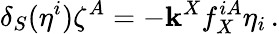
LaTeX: \delta_{S}(\eta^{i})\zeta^{A}=-\mathbf{k}^{X}f_{X}^{iA}\eta_{i}\, .